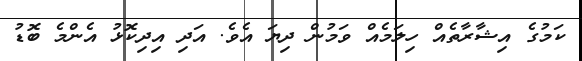
ކަމުގެ އިޝާރާތެއް ހިލަމެއް ވަމުން ދިޔަ އެވެ. އަދި އިދިކޮޅު އެންމެ ބޮޑު